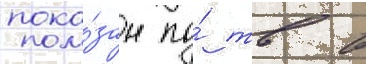
пока́зан по́ тв в